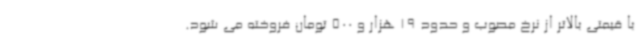
با قیمتی بالاتر از نرخ مصوب و حدود 19 هزار و 500 تومان فروخته می شود.